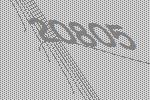
20805